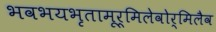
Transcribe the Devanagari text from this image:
भवभयभृतामूर्मिलेवोर्मिलैव